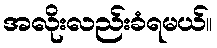
အလိုးလည်းခံရမယ်။